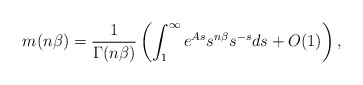
\begin{align*}m(n\beta)=\frac{1}{\Gamma(n\beta)}\left(\int_{1}^{\infty}e^{As}s^{n\beta}s^{-s}ds+O(1)\right),\end{align*}